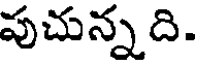
పుచున్నది.